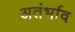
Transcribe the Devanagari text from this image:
अतंर्भाव